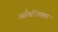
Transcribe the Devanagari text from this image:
आँखोंवाला